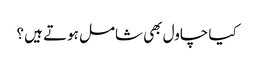
کیا چاول بھی شامل ہوتے ہیں ؟